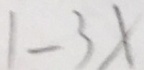
1 - 3 x